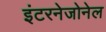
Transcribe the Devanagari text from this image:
इंटरनेजोनेल